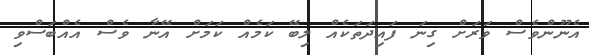
އެނޫންވެސް ވަރަށް ގިނަ ފައިދަތަކެއް ލިބޭ ކަމެއް ކަމަށް އޭނާ ވެސް އެއްބަސްވި